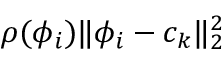
\rho ( \phi _ { i } ) \lVert \phi _ { i } - c _ { k } \rVert _ { 2 } ^ { 2 }